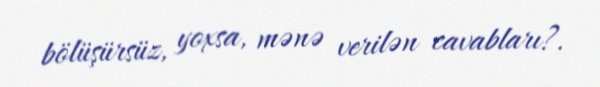
bölüşürsüz, yoxsa, mənə verilən cavabları?.